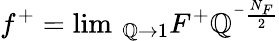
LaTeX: f^{+}=\operatorname*{lim}\, _{\mathbb{Q}\rightarrow1}F^{+}\mathbb{Q}^{^{-}\frac{{N_{F}}}{2}}